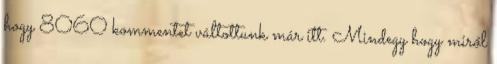
hogy 8060 kommentet váltottunk már itt. Mindegy hogy miről